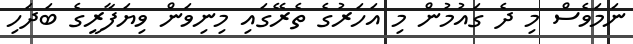
ނަމަވެސް މި ދެ ގައުމުން މި އަހަރުގެ ތެރޭގައި މިނިވަން ވިޔަފާރީގެ ބަދަހި